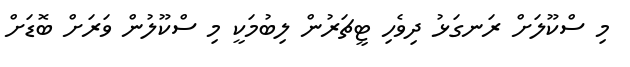
މި ސްކޫލަށް ރަނގަޅު ދިވެހި ޓީޗަރުން ލިބުމަކީ މި ސްކޫލުން ވަރަށް ބޮޑަށް